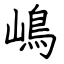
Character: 嶋